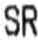
SR